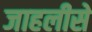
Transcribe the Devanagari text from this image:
जाहलीसे